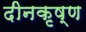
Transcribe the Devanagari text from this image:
दीनकृष्ण